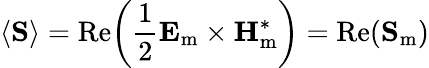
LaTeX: \langle\mathbf{S}\rangle=\operatorname{Re}\! \left({\frac{1}{2}}{\mathbf{E}_{\mathrm{m}}}\times\mathbf{H}_{\mathrm{m}}^{*}\right)=\operatorname{Re}\! \left(\mathbf{S}_{\mathrm{m}}\right)